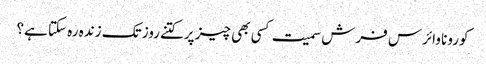
کورونا وائرس فرش سمیت کسی بھی چیز پرکتنےروز تک زندہ رہ سکتا ہے؟